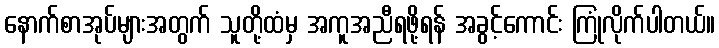
နောက်စာအုပ်များအတွက် သူတို့ထံမှ အကူအညီရဖို့ရန် အခွင့်ကောင်း ကြုံလိုက်ပါတယ်။